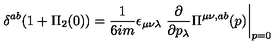
\delta ^ { a b } ( 1 + \Pi _ { 2 } ( 0 ) ) = { \frac { 1 } { 6 i m } } \epsilon _ { \mu \nu \lambda } \left. { \frac { \partial } { \partial p _ { \lambda } } } \Pi ^ { \mu \nu , a b } ( p ) \right| _ { p = 0 }